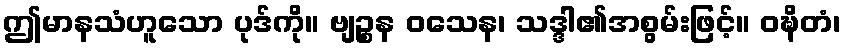
ဤမာနသံဟူသော ပုဒ်ကို။ ဗျဉ္စန ဝသေန၊ သဒ္ဒါ၏အစွမ်းဖြင့်။ ဝဍ္ဎိတံ၊